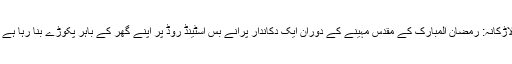
لاڑکانہ: رمضان المبارک کے مقدس مہینے کے دوران ایک دکاندار پرانے بس اسٹینڈ روڈ پر اپنے گھر کے باہر پکوڑے بنا رہا ہے ۔